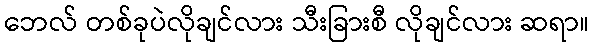
ဘေလ် တစ်ခုပဲလိုချင်လား သီးခြားစီ လိုချင်လား ဆရာ။